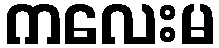
ကလေးမ